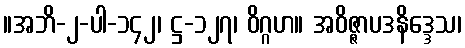
။အဘိ-၂-ပါ-၁၄၂၊ ဋ္ဌ-၁၂၇၊ ဝိဂ္ဂဟ။ အဝိဇ္ဇာပဒနိဒ္ဒေသ၊